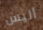
أليس